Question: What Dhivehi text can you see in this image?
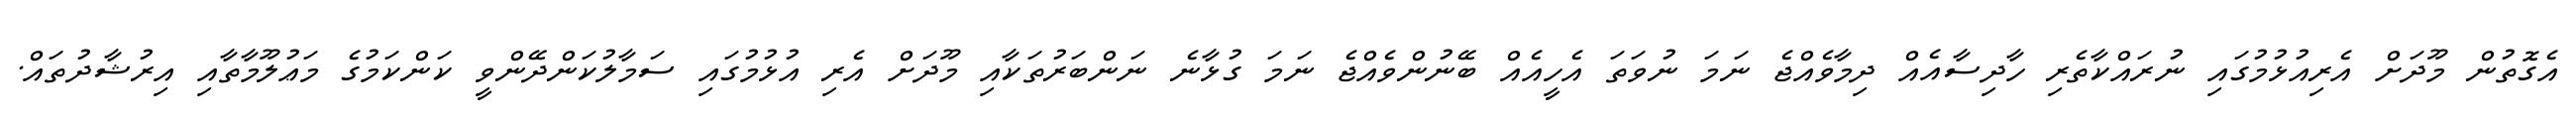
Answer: އެގޮތުން މޫދަށް އެރިއުޅުމުގައި ނުރައްކާތެރި ހާދިސާއެއް ދިމާވެއްޖެ ނަމަ ނުވަތަ އެހީއެއް ބޭނުންވެއްޖެ ނަމަ ގުޅާނެ ނަންބަރުތަކާއި މޫދަށް އެރި އުޅުމުގައި ސަމާލުކަންދޭންވީ ކަންކަމުގެ މަޢުލޫމާތާއި އިރުޝާދުތައް.